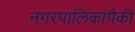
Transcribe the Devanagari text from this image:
नगरपालिकांपैकी